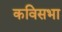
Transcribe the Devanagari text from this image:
कविसभा